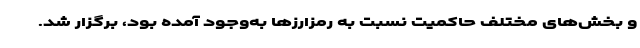
و بخش‌های مختلف حاكميت نسبت به رمزارزها به‌وجود آمده بود، برگزار شد.